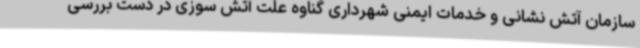
سازمان آتش نشانی و خدمات ایمنی شهرداری گناوه علت آتش سوزی در دست بررسی